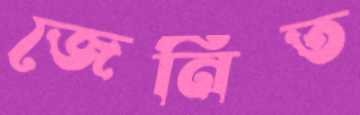
জেনিত